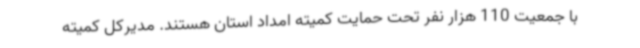
با جمعیت 110 هزار نفر تحت حمایت کمیته امداد استان هستند. مدیرکل کمیته